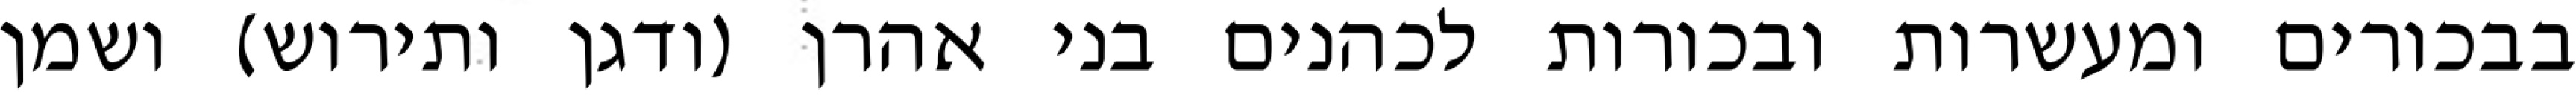
בבכורים ומעשרות ובכורות לכהנים בני אהרן (ודגן ותירוש) ושמן